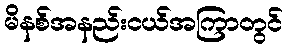
မိနစ်အနည်းငယ်အကြာတွင်